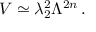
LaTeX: V \simeq \lambda _ { 2 } ^ { 2 } \Lambda ^ { 2 n } \, .